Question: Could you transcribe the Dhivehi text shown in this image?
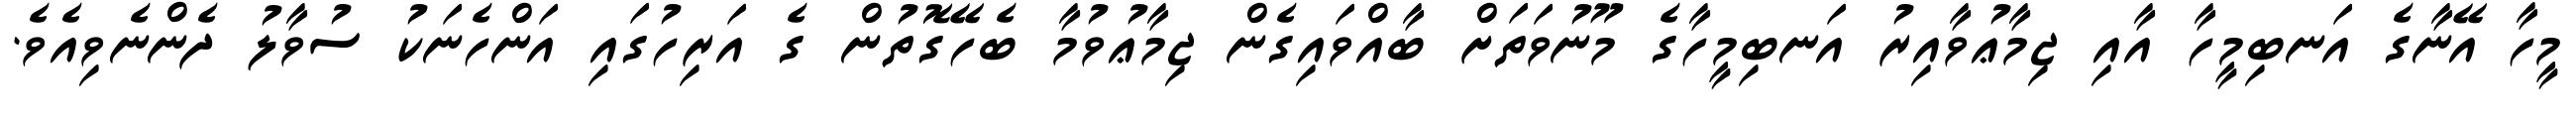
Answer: މީހާ އޭނާގެ އަނބިމީހާ އާއި ޖިމާޢުވާއިރު އަނބިމީހާގެ މޫނުވަތަށް ބާއްވައިގެން ޖިމާޢުވުމާ ބެހޭގޮތުން ގެ އަރިހުގައި އަންހެނަކު ސުވާލު ދެންނެވިއެވެ.